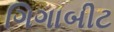
ગિગાબીટ